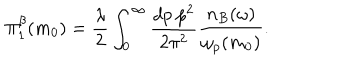
LaTeX: \Pi _ { 1 } ^ { \beta } ( m _ { 0 } ) = \frac { \lambda } { 2 } \int _ { 0 } ^ { \infty } \frac { d p ~ p ^ { 2 } } { 2 \pi ^ { 2 } } \frac { n _ { B } ( \omega ) } { \omega _ { p } ( m _ { 0 } ) } .